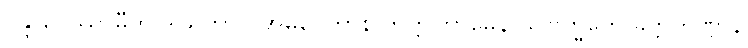
ဝန္ဒာပေဿာမီတိ ဒါယိကာပိ အဓိပ္ပေတာနိ ကတ္တုကာမေန သဗြဟ္မကေ ခိတ္တကဏ္ဍာနိ